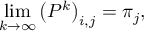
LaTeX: \operatorname* { l i m } _ { k \rightarrow \infty } \left( P ^ { k } \right) _ { i , j } = { \boldsymbol { \pi } } _ { j } ,